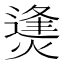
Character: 㷭